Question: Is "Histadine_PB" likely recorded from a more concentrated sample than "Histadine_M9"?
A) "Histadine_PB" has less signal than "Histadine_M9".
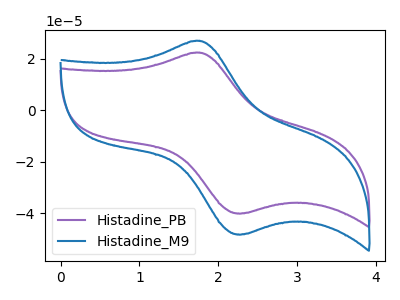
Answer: <think>The purple curve "Histadine_PB" has an anodic peak at (1.75V, 22.45uA) and a cathodic peak at (2.30V, -39.95uA). The blue curve "Histadine_M9" has an anodic peak at (1.75V, 27.00uA) and a cathodic peak at (2.30V, -48.10uA).
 All the peaks in "Histadine_PB" have a peak in "Histadine_M9" at the same potential. Every peak in "Histadine_PB" is lower than every peak in "Histadine_M9".</think>
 <answer>A) "Histadine_PB" has less signal than "Histadine_M9".</answer>
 <eval>A</eval>